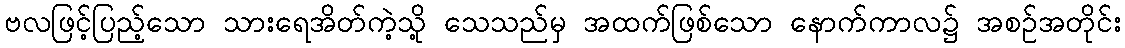
ဗလဖြင့်ပြည့်သော သားရေအိတ်ကဲ့သို့ သေသည်မှ အထက်ဖြစ်သော နောက်ကာလ၌ အစဉ်အတိုင်း